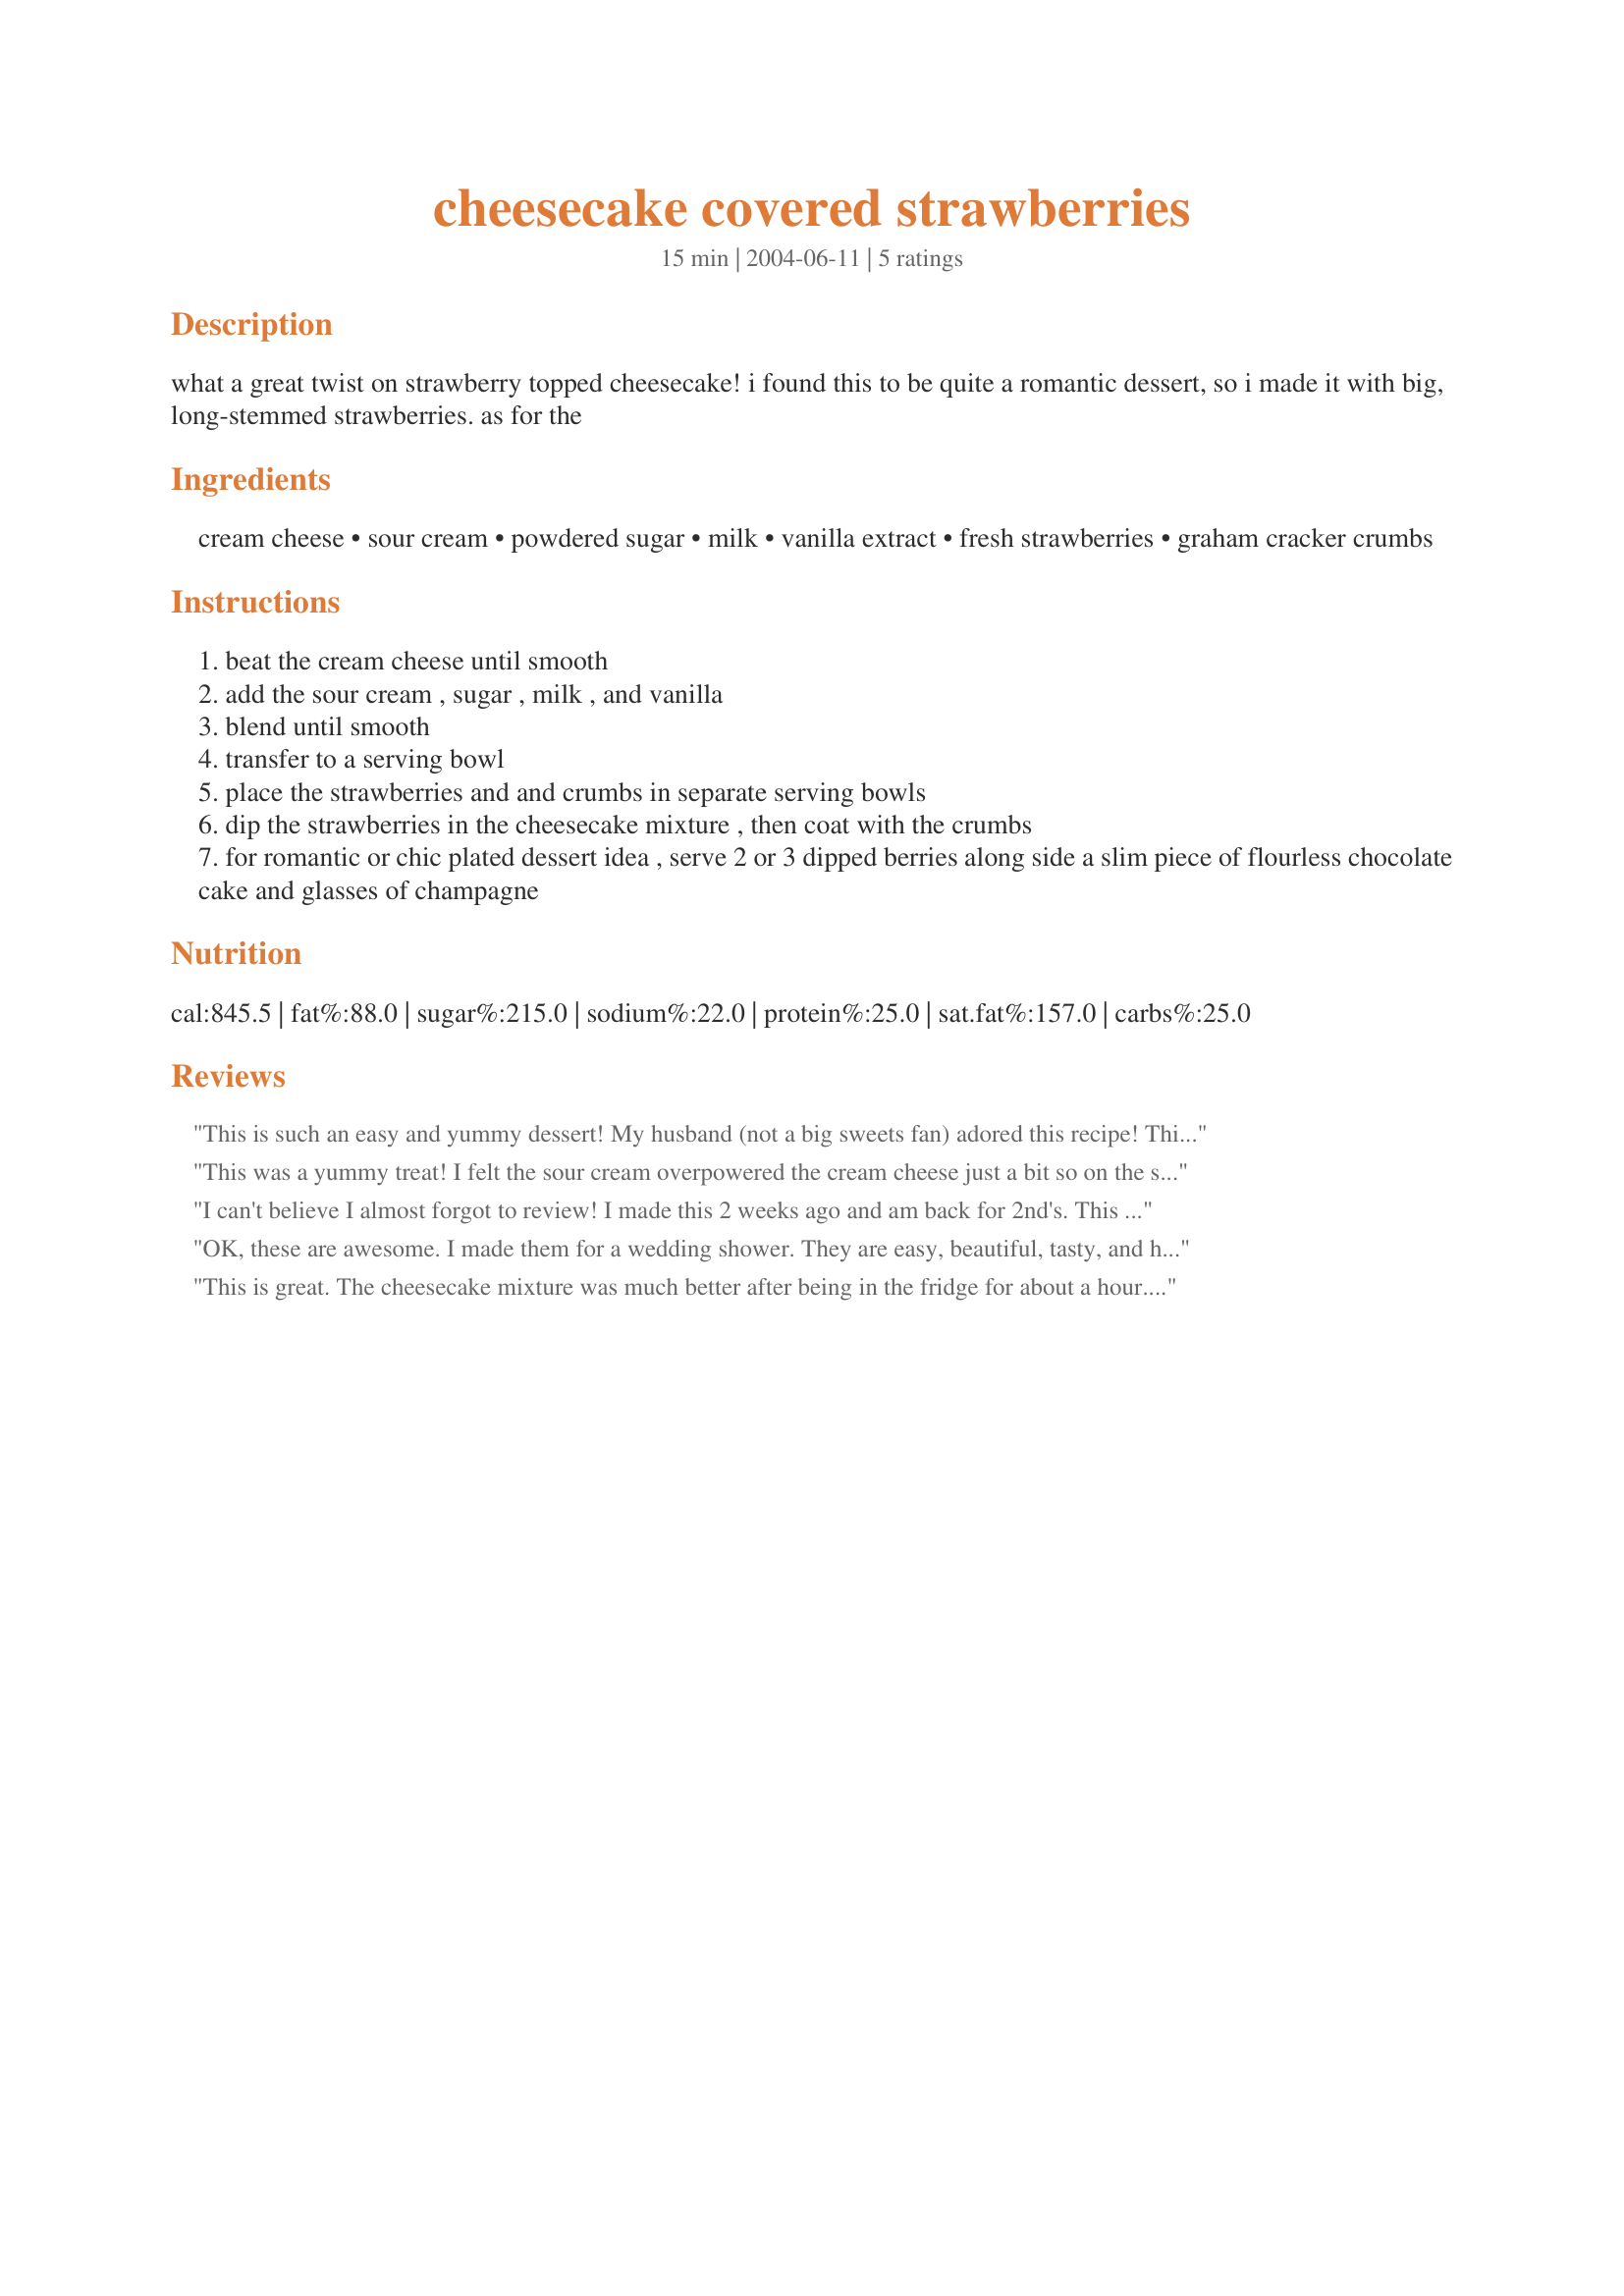
cheesecake covered strawberries
Preparation time: 15 minutes

what a great twist on strawberry topped cheesecake! i found this to be quite a romantic dessert, so i made it with big, long-stemmed strawberries. as for the

Ingredients:
cream cheese, sour cream, powdered sugar, milk, vanilla extract, fresh strawberries, graham cracker crumbs

Steps:
beat the cream cheese until smooth
add the sour cream , sugar , milk , and vanilla
blend until smooth
transfer to a serving bowl
place the strawberries and and crumbs in separate serving bowls
dip the strawberries in the cheesecake mixture , then coat with the crumbs
for romantic or chic plated dessert idea , serve 2 or 3 dipped berries along side a slim piece of flourless chocolate cake and glasses of champagne

Reviews:
This is such an easy and yummy dessert! My husband (not a big sweets fan) adored this recipe! This is definatly a keeper for my cook book!
This was a yummy treat! I felt the sour cream overpowered the cream cheese just a bit so on the second batch I only used 1/4 cup and it came out perfect! This was so much easier and less time consuming than a traditional cheesecake and my little ones love the dipping. Thanks for a great recipe!
I can't believe I almost forgot to review! I made this 2 weeks ago and am back for 2nd's. This is a fantastic compliment to strawberries. I used LF ingredients and it worked perfectly. I also sprinkled a bit of powdered sugar on the strawberries before dipping. (I have a healthy sweet tooth...)
OK, these are awesome. I made them for a wedding shower. They are easy, beautiful, tasty, and healthier than cheesecake. I have found that when cream cheese is the star of the recipe, it is good to use full-fat organic. Be generous when dipping into the cream cheese mixture. There is plenty, and it is so mild and lightly sweet, that it's not overkill to really give a good dunk. I took treehugs advice and refridgerated the cc mixture before dipping and it seemed to work well. I've already received many requests for the recipe!
This is great. The cheesecake mixture was much better after being in the fridge for about a hour. I enjoyed it without the crumbs as well. Also the cheesecake mixture alone is like eating cheesecake flavored pudding.
